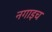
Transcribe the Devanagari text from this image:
नगाइच